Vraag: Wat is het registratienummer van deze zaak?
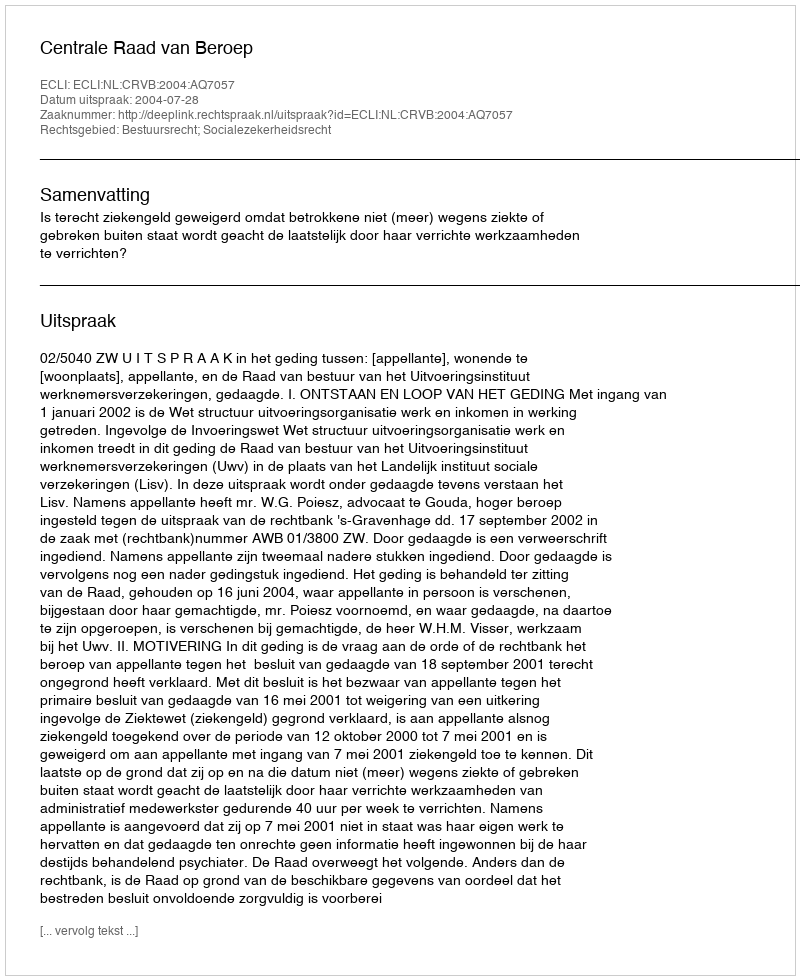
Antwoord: http://deeplink.rechtspraak.nl/uitspraak?id=ECLI:NL:CRVB:2004:AQ7057